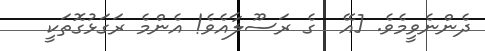
ދެންނެވީމެވެ. [އޭ  ގެ ރަސޫލާއެވެ! އެންމެ ރަގަޅުގޮތަކީ